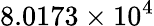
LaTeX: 8.0173\times 10^{4}